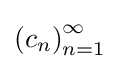
\left(c_{n}\right)_{n=1}^{\infty }